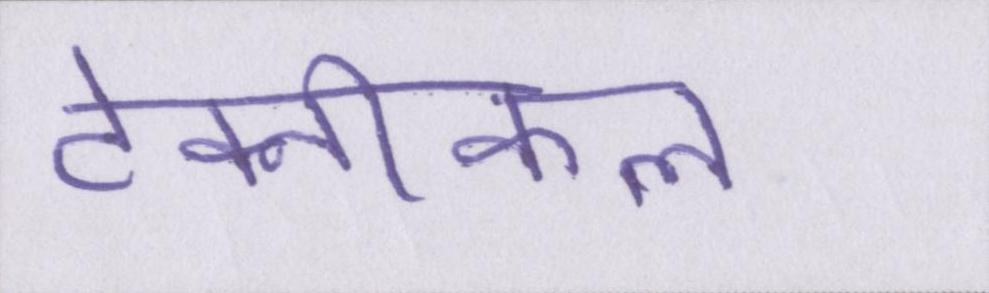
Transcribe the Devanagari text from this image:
टेक्नीकल